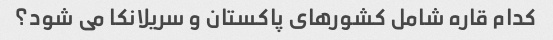
کدام قاره شامل کشورهای پاکستان و سریلانکا می شود؟